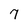
Character: 7